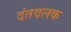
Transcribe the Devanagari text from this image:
दंतवलक